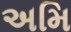
અમિ